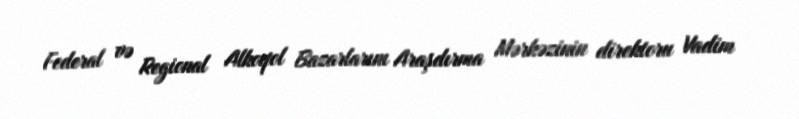
Federal və Regional Alkoqol Bazarlarını Araşdırma Mərkəzinin direktoru Vadim